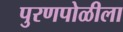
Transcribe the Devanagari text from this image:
पुरणपोळीला